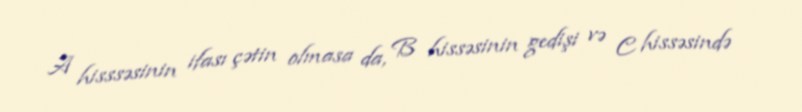
A hisssəsinin ifası çətin olmasa da, B hissəsinin gedişi və C hissəsində